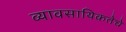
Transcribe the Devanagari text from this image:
व्यावसायिकतेचे